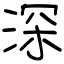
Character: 深